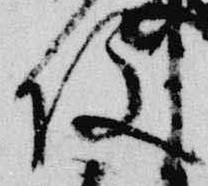
役